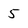
Character: 5